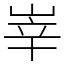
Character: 峷